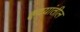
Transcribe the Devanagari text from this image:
हृदयांतील